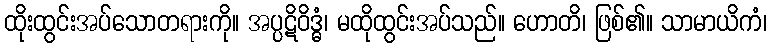
ထိုးထွင်းအပ်သောတရားကို။ အပ္ပဋိဝိဒ္ဓံ၊ မထိုထွင်းအပ်သည်။ ဟောတိ၊ ဖြစ်၏။ သာမာယိကံ၊